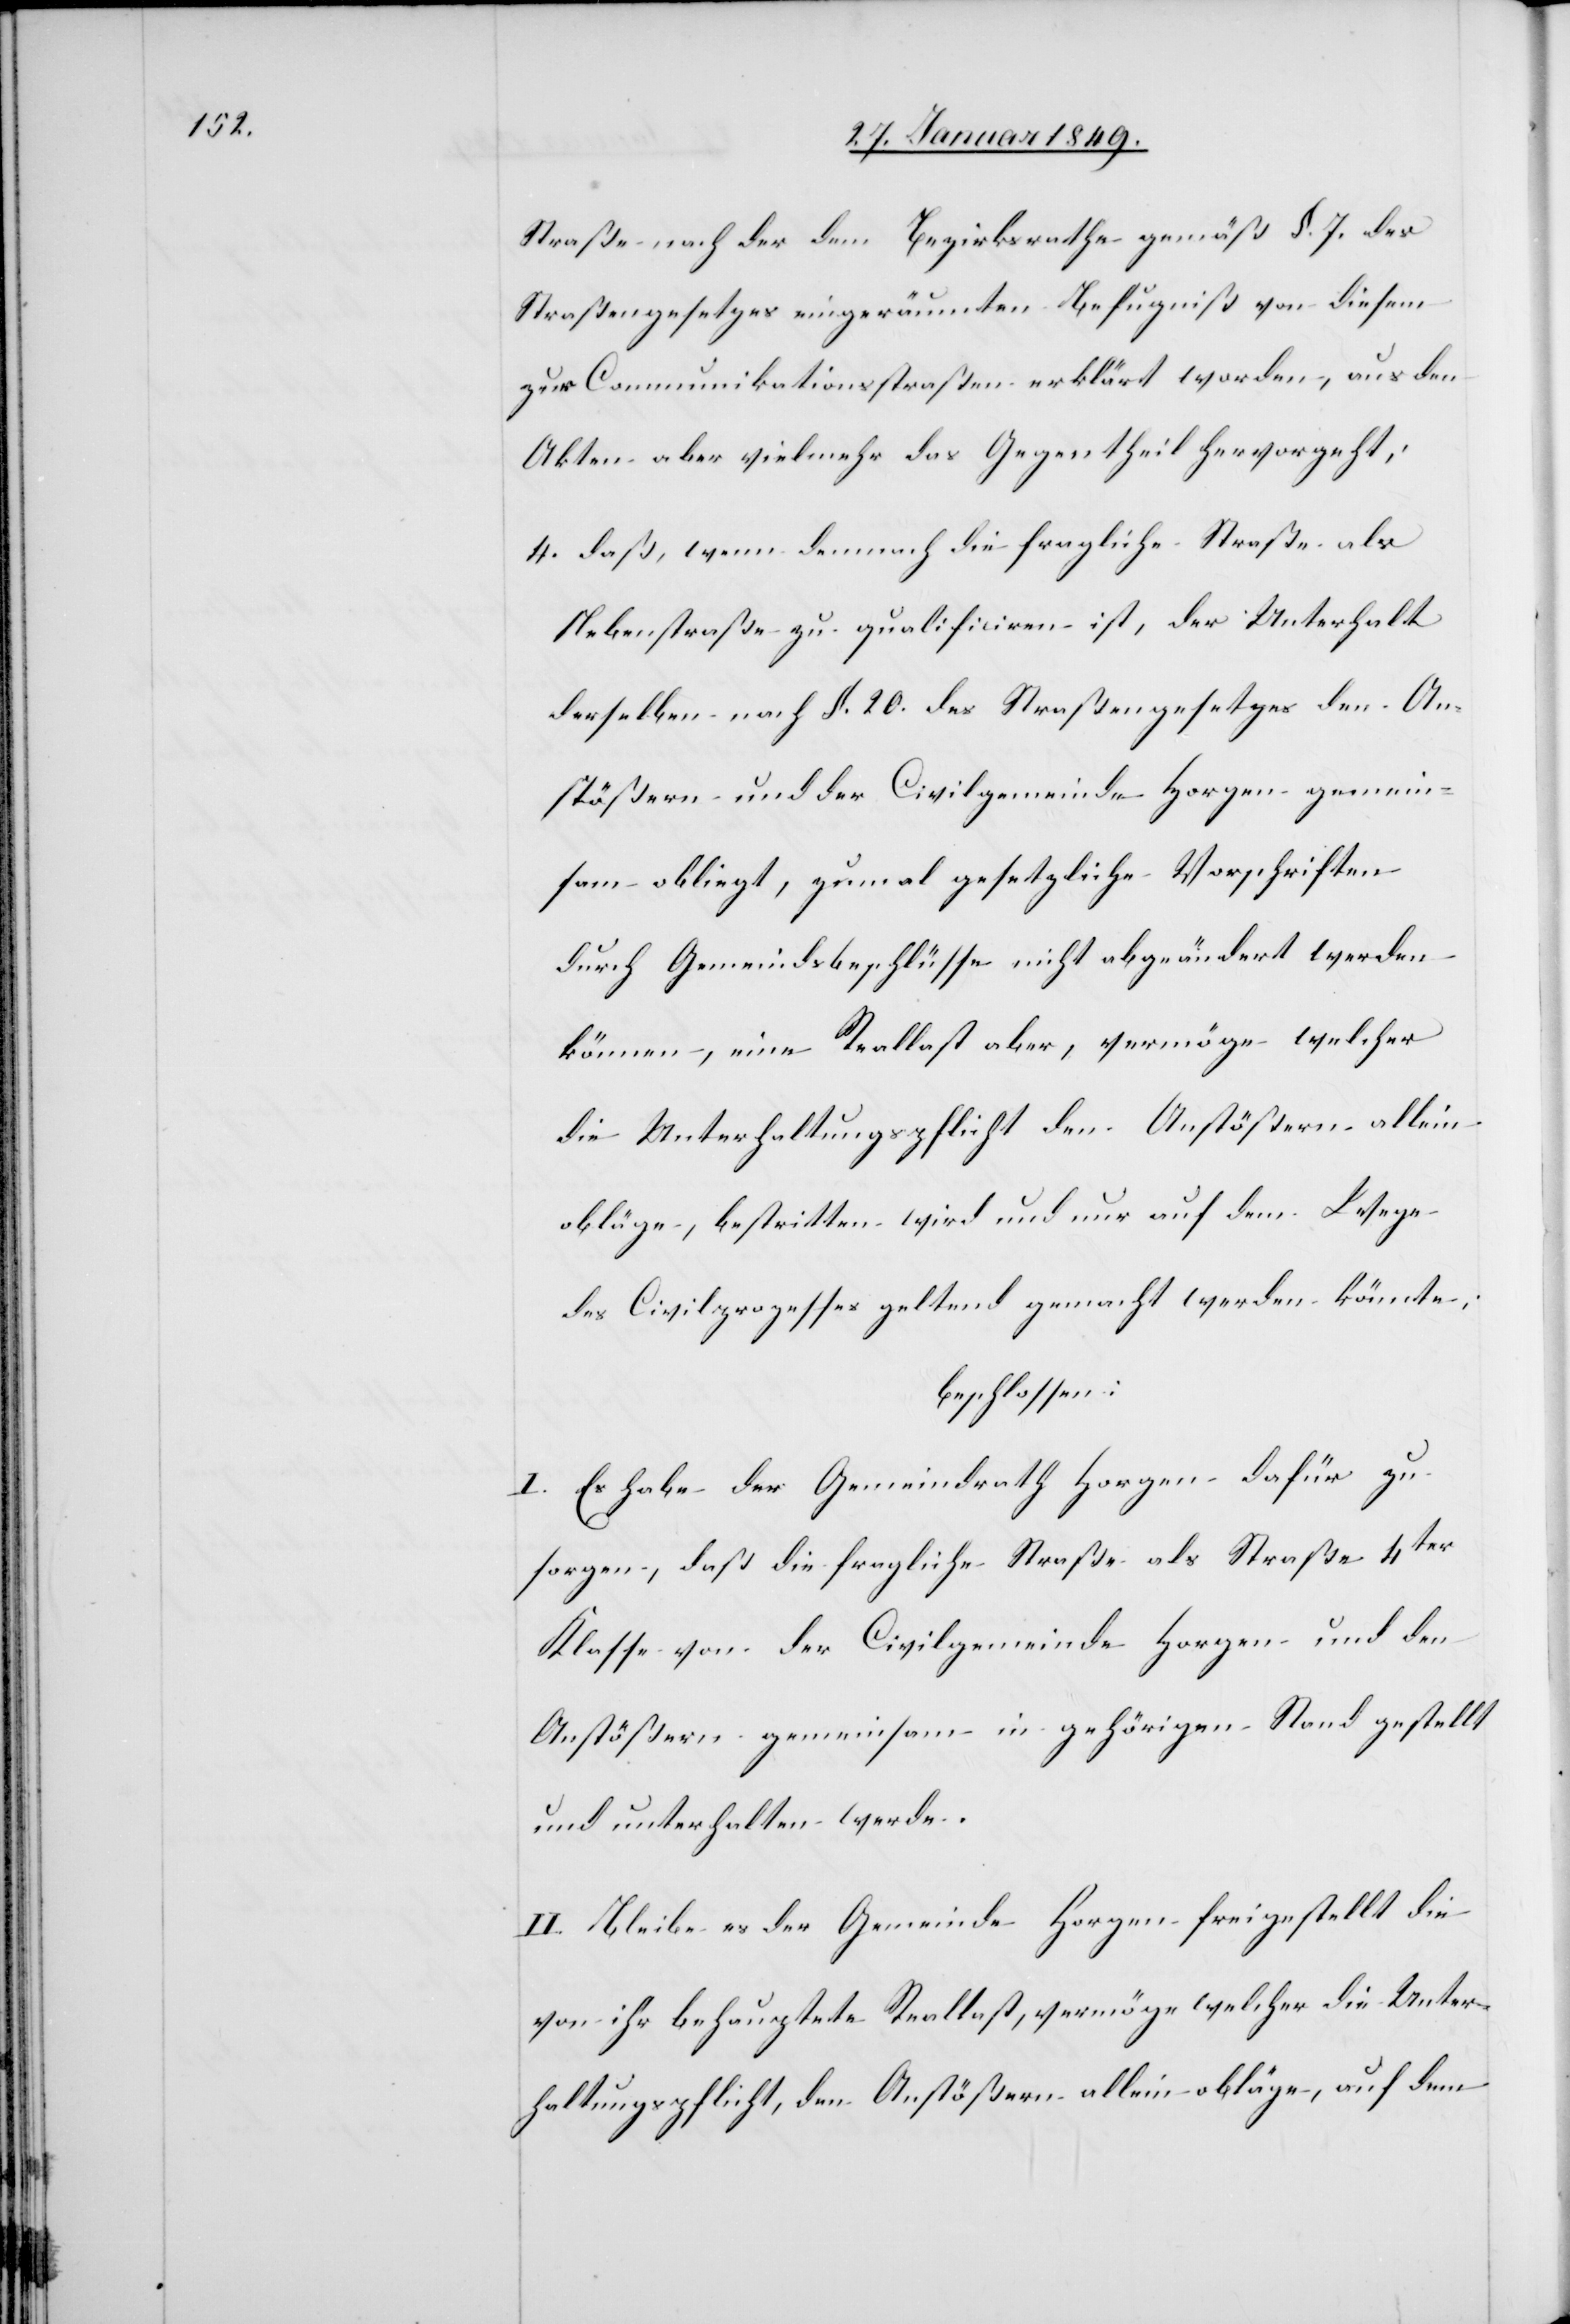
Straße nach der dem Bezirksrathe gemäß §. 7. des
Straßengesetzes eingeräumten Befugniß von diesem
zur Communikationsstraßen erklärt worden, aus den
Akten aber vielmehr das Gegentheil hervorgeht;
4. daß, wenn demnach die fragliche Straße als
Nebenstraße zu qualificiren ist, der Unterhalt
derselben nach §. 20. des Straßengesetzes den An¬
stößern und der Civilgemeinde Horgen gemein¬
sam obliegt, zumal gesetzliche Vorschriften
durch Gemeindsbeschlüsse nicht abgeändert werden
können, eine Reallast aber, vermöge welcher
die Unterhaltungspflicht den Anstößern allein
obläge, bestritten wird und nur auf dem Wege
des Civilprozesses geltend gemacht werden könnte;
beschlossen:
I. Es habe der Gemeindrath Horgen dafür zu
sorgen, daß die fragliche Straße als Straße 4ter
Klasse von der Civilgemeinde Horgen und den
Anstößern gemeinsam in gehörigen Stand gestellt
und unterhalten werde.
II. Bleibe es der Gemeinde Horgen freigestellt die
von ihr behauptete Reallast, vermöge welcher die Unter¬
haltungspflicht, den Anstößern allein obläge, auf dem